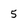
Character: 5